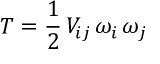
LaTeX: T = \frac { 1 } { 2 } \, V _ { i j } \, \omega _ { i } \, \omega _ { j }